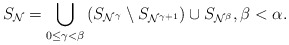
\begin{align*}S_{\mathcal{N}} = \bigcup_{0 \leq \gamma < \beta} \left(S_{\mathcal{N}^{\gamma}}\setminus S_{\mathcal{N}^{\gamma + 1}}\right) \cup S_{\mathcal{N}^{\beta}}, \beta < \alpha.\end{align*}